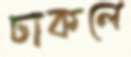
ঢাকলে